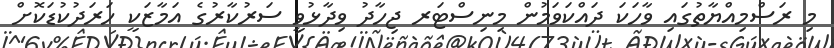
މި ރަސްމިއްޔާތުގައި ވާހަކަ ދައްކަވަމުން މިނިސްޓަރ ޖިހާދު ވިދާޅުވީ ސަރުކާރުގެ އަމާޒަކީ ހަރަދުކުޑަކޮށް